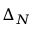
\Delta _ { N }